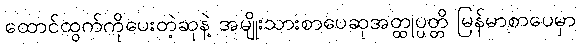
ထောင်ထွက်ကိုပေးတဲ့ဆုနဲ့ အမျိုးသားစာပေဆုအတ္ထုပ္ပတ္တိ မြန်မာစာပေမှာ